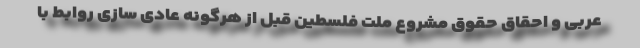
عربی و احقاق حقوق مشروع ملت فلسطین قبل از هرگونه عادی سازی روابط با